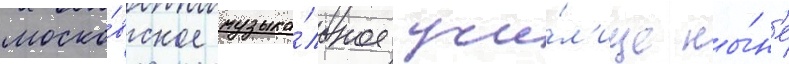
моско́вское музыка́льное учи́л'ище ны́н'е